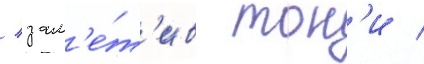
/ зам'е́т'ив тон'и /